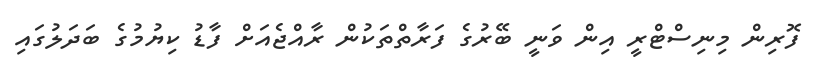
ފޮރިން މިނިސްޓްރީ އިން ވަނީ ބޭރުގެ ފަރާތްތަކުން ރާއްޖެއަށް ފާޑު ކިޔުމުގެ ބަދަލުގައި